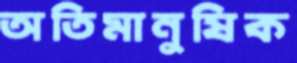
অতিমানুষিক